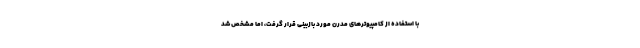
با استفاده از کامپیوترهای مدرن مورد بازبینی قرار گرفت، اما مشخص شد